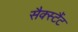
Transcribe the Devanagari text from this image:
सैक्स्टैंट